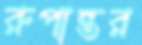
রুপান্তর